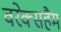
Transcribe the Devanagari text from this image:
वरेक्सहैम